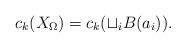
LaTeX: \begin{align*}c_k(X_\Omega) = c_k( \sqcup_i B(a_i)).\end{align*}